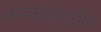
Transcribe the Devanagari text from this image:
कस्कोहाइग्रीन